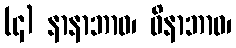
(၄) နာနာဘာဝ၊ ဝိနာဘာဝ၊